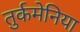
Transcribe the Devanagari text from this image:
तुर्कमेनिया